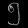
Digit: ၅